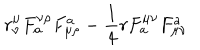
LaTeX: r _ { \nu } ^ { \mu } F _ { a } ^ { \nu \rho } F _ { \mu \rho } ^ { a } - { \frac { 1 } { 4 } } r F _ { a } ^ { \mu \nu } F _ { \mu \nu } ^ { a }